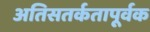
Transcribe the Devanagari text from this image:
अतिसतर्कतापूर्वक